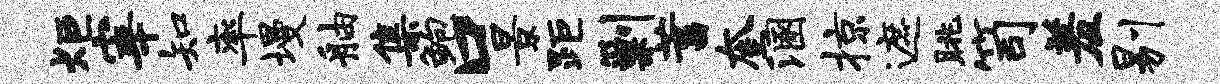
炬宰知率墁舳集鲍口景距剿蓄奎溷掠遮眺笥羞剔